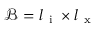
\mathcal { B } = l _ { \mathrm { ~ i ~ } } \times l _ { \mathrm { ~ x ~ } }